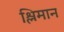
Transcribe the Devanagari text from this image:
श्लिमान